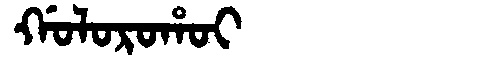
Manchu: ᡤᠣᠯᠣᡵᠣᡥᠣᡳ
Romanization: GOLOROHOI